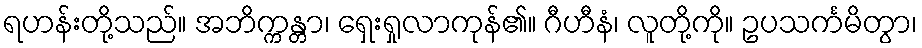
ရဟန်းတို့သည်။ အဘိက္ကန္တာ၊ ရှေးရှုလာကုန်၏။ ဂီဟီနံ၊ လူတို့ကို။ ဥပသင်္ကမိတွာ၊